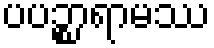
ပပဉ္စာရာမဿ